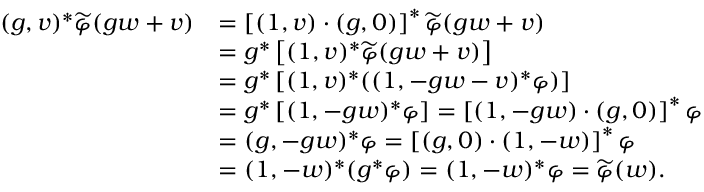
\begin{array} { r l } { ( g , v ) ^ { * } \widetilde { \varphi } ( g w + v ) } & { = \left[ ( 1 , v ) \cdot ( g , 0 ) \right] ^ { * } \widetilde { \varphi } ( g w + v ) } \\ & { = g ^ { * } \left[ ( 1 , v ) ^ { * } \widetilde { \varphi } ( g w + v ) \right] } \\ & { = g ^ { * } \left[ ( 1 , v ) ^ { * } ( ( 1 , - g w - v ) ^ { * } \varphi ) \right] } \\ & { = g ^ { * } \left[ ( 1 , - g w ) ^ { * } \varphi \right] = \left[ ( 1 , - g w ) \cdot ( g , 0 ) \right] ^ { * } \varphi } \\ & { = ( g , - g w ) ^ { * } \varphi = \left[ ( g , 0 ) \cdot ( 1 , - w ) \right] ^ { * } \varphi } \\ & { = ( 1 , - w ) ^ { * } ( g ^ { * } \varphi ) = ( 1 , - w ) ^ { * } \varphi = \widetilde { \varphi } ( w ) . } \end{array}